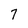
Character: 7